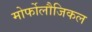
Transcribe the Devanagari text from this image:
मोर्फोलौजिकल